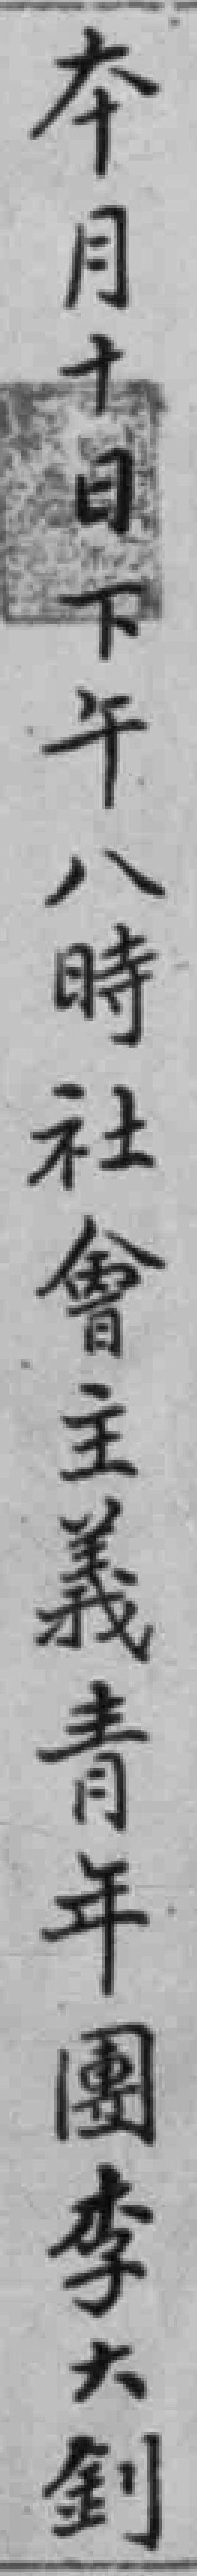
本月十日下午八時社會主義青年團李大釗